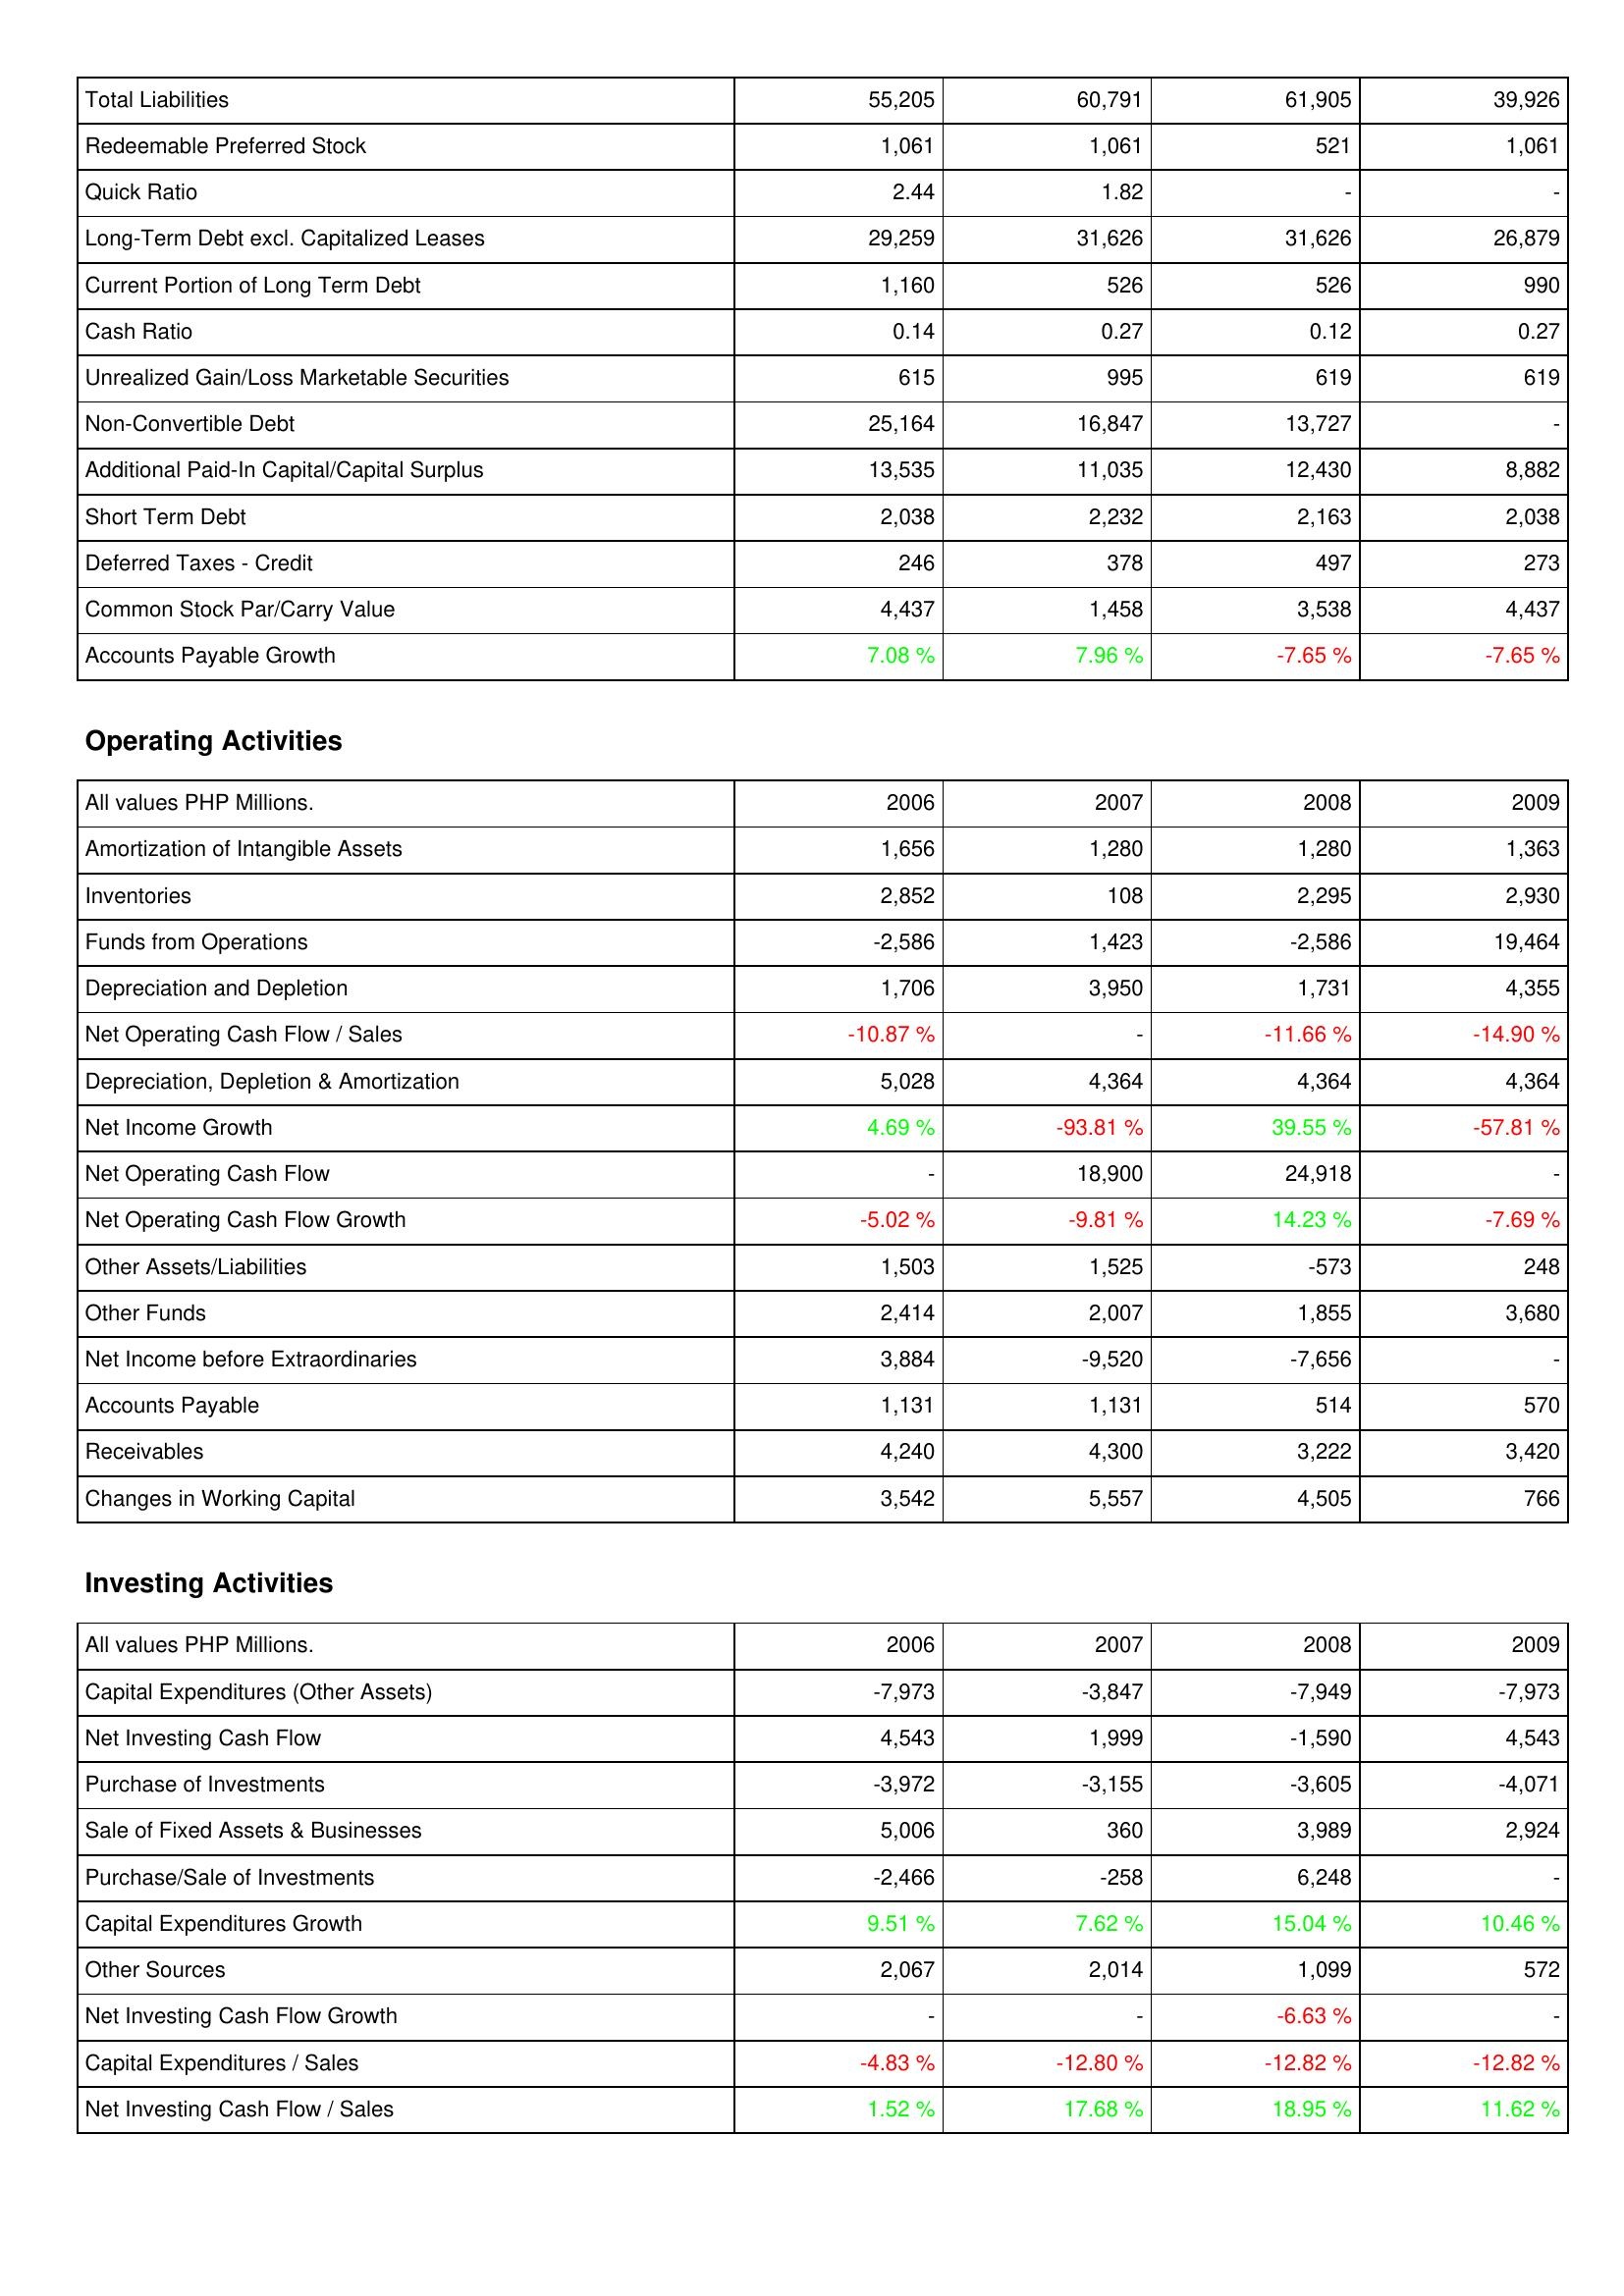
2006: Liabilities & Shareholders' Equity: Total Liabilities: 55,205
Redeemable Preferred Stock: 1,061
Quick Ratio: 2.44
Long-Term Debt excl. Capitalized Leases: 29,259
Current Portion of Long Term Debt: 1,160
Cash Ratio: 0.14
Unrealized Gain/Loss Marketable Securities: 615
Non-Convertible Debt: 25,164
Additional Paid-In Capital/Capital Surplus: 13,535
Short Term Debt: 2,038
Deferred Taxes - Credit: 246
Common Stock Par/Carry Value: 4,437
Accounts Payable Growth: 7.08 %
Operating Activities: Amortization of Intangible Assets: 1,656
Inventories: 2,852
Funds from Operations: -2,586
Depreciation and Depletion: 1,706
Net Operating Cash Flow / Sales: -10.87 %
Depreciation, Depletion & Amortization: 5,028
Net Income Growth: 4.69 %
Net Operating Cash Flow: -
Net Operating Cash Flow Growth: -5.02 %
Other Assets/Liabilities: 1,503
Other Funds: 2,414
Net Income before Extraordinaries: 3,884
Accounts Payable: 1,131
Receivables: 4,240
Changes in Working Capital: 3,542
Investing Activities: Capital Expenditures (Other Assets): -7,973
Net Investing Cash Flow: 4,543
Purchase of Investments: -3,972
Sale of Fixed Assets & Businesses: 5,006
Purchase/Sale of Investments: -2,466
Capital Expenditures Growth: 9.51 %
Other Sources: 2,067
Net Investing Cash Flow Growth: -
Capital Expenditures / Sales: -4.83 %
Net Investing Cash Flow / Sales: 1.52 %
2007: Liabilities & Shareholders' Equity: Total Liabilities: 60,791
Redeemable Preferred Stock: 1,061
Quick Ratio: 1.82
Long-Term Debt excl. Capitalized Leases: 31,626
Current Portion of Long Term Debt: 526
Cash Ratio: 0.27
Unrealized Gain/Loss Marketable Securities: 995
Non-Convertible Debt: 16,847
Additional Paid-In Capital/Capital Surplus: 11,035
Short Term Debt: 2,232
Deferred Taxes - Credit: 378
Common Stock Par/Carry Value: 1,458
Accounts Payable Growth: 7.96 %
Operating Activities: Amortization of Intangible Assets: 1,280
Inventories: 108
Funds from Operations: 1,423
Depreciation and Depletion: 3,950
Net Operating Cash Flow / Sales: -
Depreciation, Depletion & Amortization: 4,364
Net Income Growth: -93.81 %
Net Operating Cash Flow: 18,900
Net Operating Cash Flow Growth: -9.81 %
Other Assets/Liabilities: 1,525
Other Funds: 2,007
Net Income before Extraordinaries: -9,520
Accounts Payable: 1,131
Receivables: 4,300
Changes in Working Capital: 5,557
Investing Activities: Capital Expenditures (Other Assets): -3,847
Net Investing Cash Flow: 1,999
Purchase of Investments: -3,155
Sale of Fixed Assets & Businesses: 360
Purchase/Sale of Investments: -258
Capital Expenditures Growth: 7.62 %
Other Sources: 2,014
Net Investing Cash Flow Growth: -
Capital Expenditures / Sales: -12.80 %
Net Investing Cash Flow / Sales: 17.68 %
2008: Liabilities & Shareholders' Equity: Total Liabilities: 61,905
Redeemable Preferred Stock: 521
Quick Ratio: -
Long-Term Debt excl. Capitalized Leases: 31,626
Current Portion of Long Term Debt: 526
Cash Ratio: 0.12
Unrealized Gain/Loss Marketable Securities: 619
Non-Convertible Debt: 13,727
Additional Paid-In Capital/Capital Surplus: 12,430
Short Term Debt: 2,163
Deferred Taxes - Credit: 497
Common Stock Par/Carry Value: 3,538
Accounts Payable Growth: -7.65 %
Operating Activities: Amortization of Intangible Assets: 1,280
Inventories: 2,295
Funds from Operations: -2,586
Depreciation and Depletion: 1,731
Net Operating Cash Flow / Sales: -11.66 %
Depreciation, Depletion & Amortization: 4,364
Net Income Growth: 39.55 %
Net Operating Cash Flow: 24,918
Net Operating Cash Flow Growth: 14.23 %
Other Assets/Liabilities: -573
Other Funds: 1,855
Net Income before Extraordinaries: -7,656
Accounts Payable: 514
Receivables: 3,222
Changes in Working Capital: 4,505
Investing Activities: Capital Expenditures (Other Assets): -7,949
Net Investing Cash Flow: -1,590
Purchase of Investments: -3,605
Sale of Fixed Assets & Businesses: 3,989
Purchase/Sale of Investments: 6,248
Capital Expenditures Growth: 15.04 %
Other Sources: 1,099
Net Investing Cash Flow Growth: -6.63 %
Capital Expenditures / Sales: -12.82 %
Net Investing Cash Flow / Sales: 18.95 %
2009: Liabilities & Shareholders' Equity: Total Liabilities: 39,926
Redeemable Preferred Stock: 1,061
Quick Ratio: -
Long-Term Debt excl. Capitalized Leases: 26,879
Current Portion of Long Term Debt: 990
Cash Ratio: 0.27
Unrealized Gain/Loss Marketable Securities: 619
Non-Convertible Debt: -
Additional Paid-In Capital/Capital Surplus: 8,882
Short Term Debt: 2,038
Deferred Taxes - Credit: 273
Common Stock Par/Carry Value: 4,437
Accounts Payable Growth: -7.65 %
Operating Activities: Amortization of Intangible Assets: 1,363
Inventories: 2,930
Funds from Operations: 19,464
Depreciation and Depletion: 4,355
Net Operating Cash Flow / Sales: -14.90 %
Depreciation, Depletion & Amortization: 4,364
Net Income Growth: -57.81 %
Net Operating Cash Flow: -
Net Operating Cash Flow Growth: -7.69 %
Other Assets/Liabilities: 248
Other Funds: 3,680
Net Income before Extraordinaries: -
Accounts Payable: 570
Receivables: 3,420
Changes in Working Capital: 766
Investing Activities: Capital Expenditures (Other Assets): -7,973
Net Investing Cash Flow: 4,543
Purchase of Investments: -4,071
Sale of Fixed Assets & Businesses: 2,924
Purchase/Sale of Investments: -
Capital Expenditures Growth: 10.46 %
Other Sources: 572
Net Investing Cash Flow Growth: -
Capital Expenditures / Sales: -12.82 %
Net Investing Cash Flow / Sales: 11.62 %